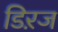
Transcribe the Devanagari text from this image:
डिऱज